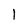
Character: l